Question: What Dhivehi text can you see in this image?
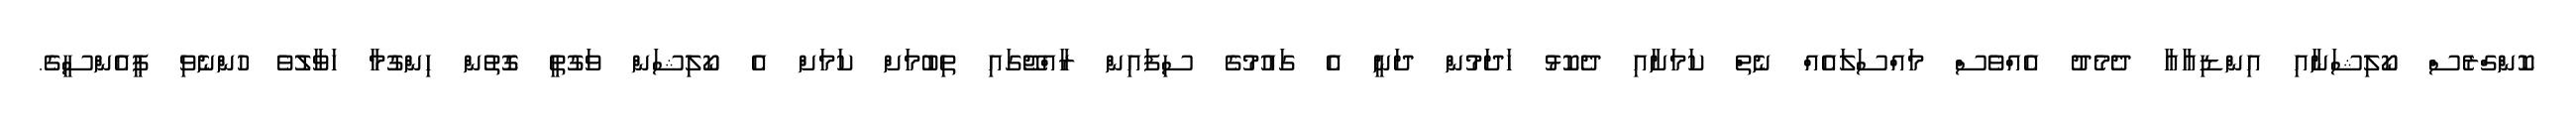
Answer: ކޮންގްރެސް ކޯލިޝަނާއި އިންޑިއާއާ ދެމެދު އެއްވެސް މައްސަލައެއް ނެތް ކަމަށާއި ދެކޮޅު ހަދަމުން ދަނީ އެ ގައުމުގެ ސިފައިން ރާއްޖޭގައި ތިބުމަށް ކަމަށް އެ ކޯލިޝަން ވަގުތީ ގޮތުން ހިންގުމާ ހަވާލުވެ ހުންނެވި ޕީއެންސީގެ.